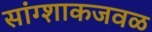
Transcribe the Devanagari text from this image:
सांग्शाकजवळ